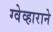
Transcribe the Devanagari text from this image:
ग्वेव्हाराने